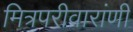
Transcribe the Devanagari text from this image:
मित्रपरीवारांणी